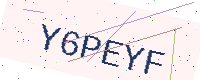
Text: Y6PEYF